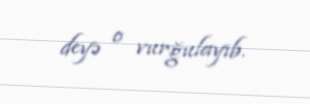
deyə o vurğulayıb.